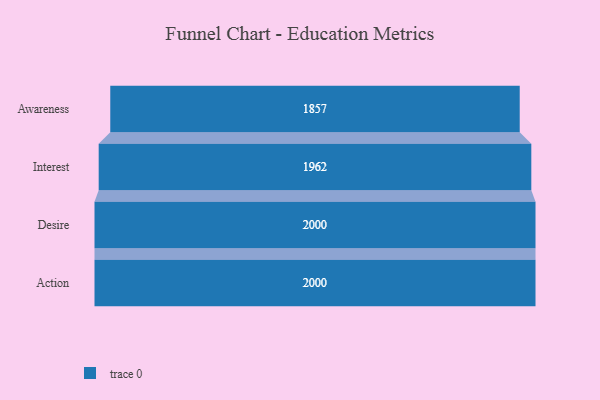
{"axis": {"x": "Stage", "y": "Value"}, "legend": [""], "data": [{"x": "Awareness", "y": 1857.0, "type": ""}, {"x": "Interest", "y": 1962.0, "type": ""}, {"x": "Desire", "y": 2000, "type": ""}, {"x": "Action", "y": 2000, "type": ""}]}